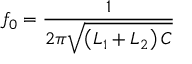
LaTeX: f _ { 0 } = { \frac { 1 } { 2 \pi { \sqrt { \left( L _ { 1 } + L _ { 2 } \right) C } } } }